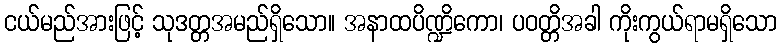
ငယ်မည်အားဖြင့် သုဒတ္တအမည်ရှိသော။ အနာထပိဏ္ဍိကော၊ ပဝတ္တိအခါ ကိုးကွယ်ရာမရှိသော